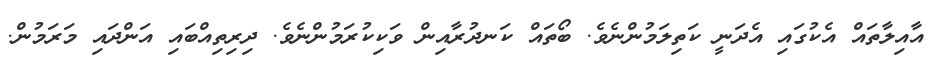
އާއިލާތައް އެކުގައި އެދަނީ ކަތިލަމުންނެވެ. ބޯތައް ކަނދުރާއިން ވަކިކުރަމުންނެވެ. ދިރިތިއްބައި އަންދައި މަރަމުން.